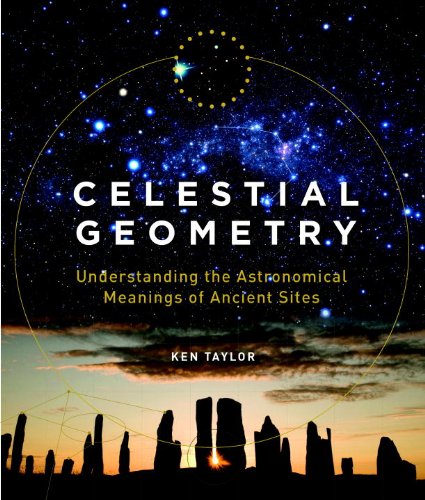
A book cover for Celestial Geometry: Understanding the Astronomical Meanings of Ancient Sites; Ken Taylor; Religion & Spirituality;